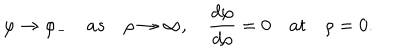
\varphi \to \varphi _ { - } \quad a s \quad \rho \to \infty , \quad { \frac { d \varphi } { d \rho } } = 0 \quad a t \quad \rho = 0 .